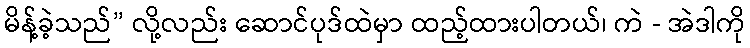
မိန့်ခဲ့သည်” လို့လည်း ဆောင်ပုဒ်ထဲမှာ ထည့်ထားပါတယ်၊ ကဲ - အဲဒါကို